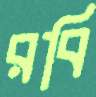
রবি